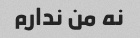
نه من ندارم